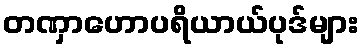
တဏှာဟောပရိယာယ်ပုဒ်များ